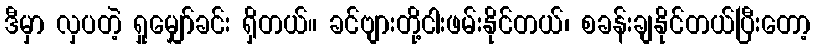
ဒီမှာ လှပတဲ့ ရှုမျှော်ခင်း ရှိတယ်။ ခင်ဗျားတို့ငါးဖမ်းနိုင်တယ်၊ စခန်းချနိုင်တယ်ပြီးတော့